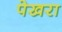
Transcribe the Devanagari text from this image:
पेखरा